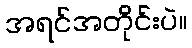
အရင်အတိုင်းပဲ။